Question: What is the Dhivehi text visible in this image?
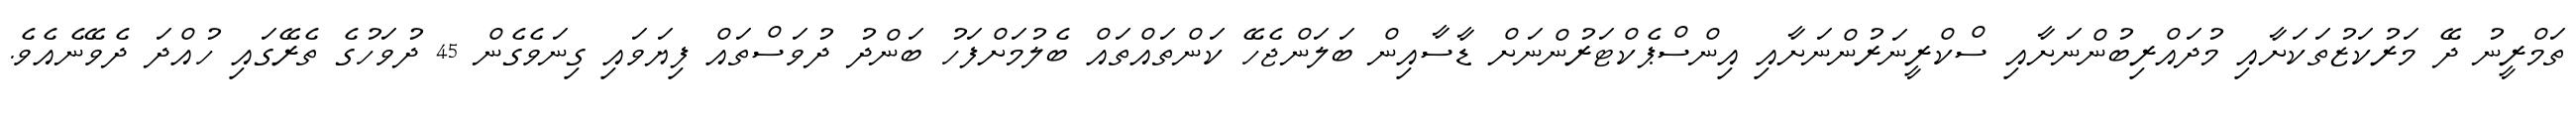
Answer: ތަމްރީނު ދޭ މަރުކަޒުތަކަށާއި މުދައްރިބުންނަށާއި ސްކްރީނަރުންނަށާއި އިންސްޕެކްޓަރުންނަށް ޑާސާއިން ބަލަންޖެހޭ ކަންތައްތައް ބެލުމަށްފަހު ބަންދު ދުވަސްތައް ފިޔަވައި ގިނަވެގެން 45 ދުވަހުގެ ތެރޭގައި ހުއްދަ ދެވޭނެއެވެ.